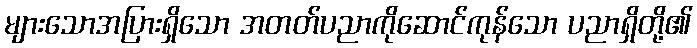
များသောအပြားရှိသော အတတ်ပညာကိုဆောင်ကုန်သော ပညာရှိတို့၏